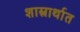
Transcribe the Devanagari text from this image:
शास्त्रार्थात